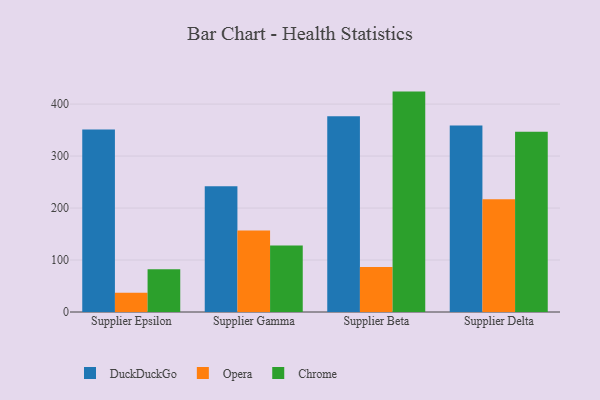
{"axis": {"x": "Supplier", "y": "Page Views"}, "legend": ["Chrome", "DuckDuckGo", "Opera"], "data": [{"x": "Supplier Epsilon", "y": 350.9, "type": "DuckDuckGo"}, {"x": "Supplier Epsilon", "y": 37.1, "type": "Opera"}, {"x": "Supplier Epsilon", "y": 82.3, "type": "Chrome"}, {"x": "Supplier Gamma", "y": 241.8, "type": "DuckDuckGo"}, {"x": "Supplier Gamma", "y": 156.7, "type": "Opera"}, {"x": "Supplier Gamma", "y": 127.9, "type": "Chrome"}, {"x": "Supplier Beta", "y": 376.7, "type": "DuckDuckGo"}, {"x": "Supplier Beta", "y": 86.5, "type": "Opera"}, {"x": "Supplier Beta", "y": 424.0, "type": "Chrome"}, {"x": "Supplier Delta", "y": 358.7, "type": "DuckDuckGo"}, {"x": "Supplier Delta", "y": 217.1, "type": "Opera"}, {"x": "Supplier Delta", "y": 346.9, "type": "Chrome"}]}